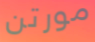
مورتن